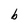
Character: b